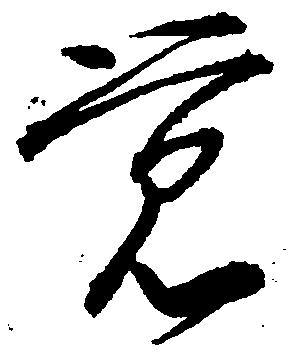
覚